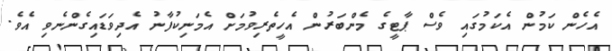
އެހެން ކަމުން އެކަމުގައި ވެސް ޕާޓީގެ މެންބަރުން އެހީތެރިވުމަށް އެމަނިކުފާނު އެދިވަޑައިގެންނެވި އެވެ.